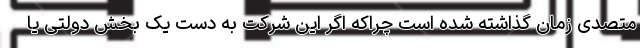
متصدی زمان گذاشته شده است چراکه اگر این شرکت به دست یک بخش دولتی یا